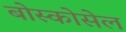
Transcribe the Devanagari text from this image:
बोस्कोसेल